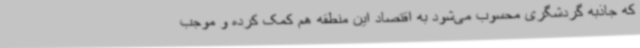
که جاذبه گردشگری محسوب می‌شود به اقتصاد این منطقه هم کمک کرده و موجب